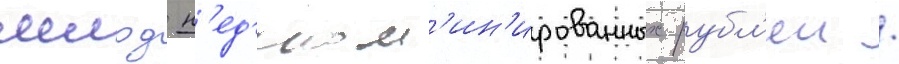
млрд н'ед'еном'ин'ированных рубл'еи /